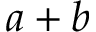
a + b